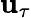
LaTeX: \mathbf{u}_{\tau}